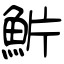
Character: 魸